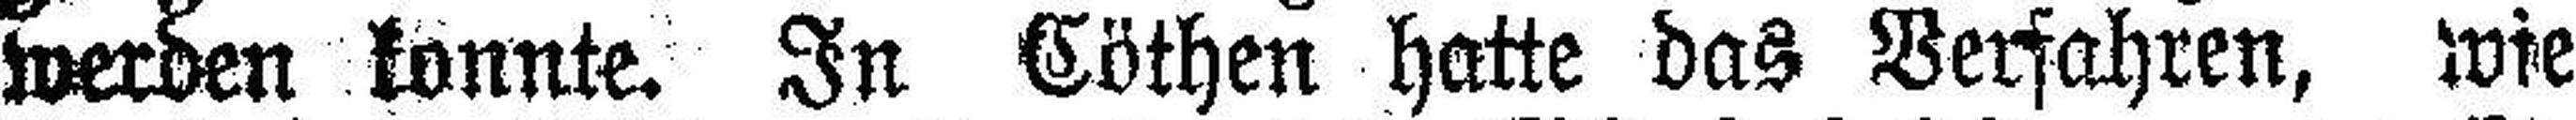
werden konnte. In Cöthen hatte das Verfahren, wie